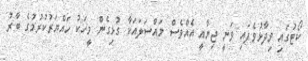
ކޯޓުގައި ވިދާޅުވެފައި ވަނީ ޖިނާއީ އެއްވެސް މައްސަލައަކާ ގުޅިގެން މީހަކު ހައްޔަރުކުރުމުގެ ބާރު